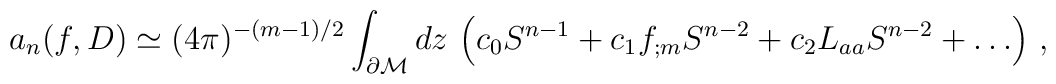
a_n(f,D)\simeq (4\pi )^{-(m-1)/2}\int_{\partial {\cal M}}dz\, \left(c_0 S^{n-1}+c_1f_{;m}S^{n-2}+ c_2L_{aa}S^{n-2}+\dots \right)\,,